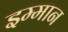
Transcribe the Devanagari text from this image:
इम्मान